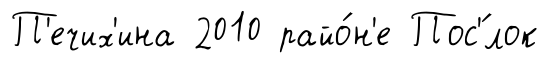
П'ечих'ина 2010 райо́н'е Пос'́лок